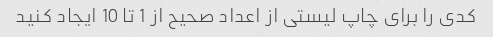
کدی را برای چاپ لیستی از اعداد صحیح از 1 تا 10 ایجاد کنید